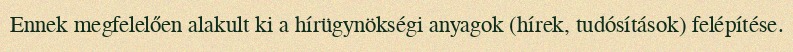
Ennek megfelelően alakult ki a hírügynökségi anyagok (hírek, tudósítások) felépítése.